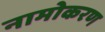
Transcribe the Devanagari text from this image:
नामोकरण